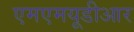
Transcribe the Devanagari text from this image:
एमएमयूडीआर